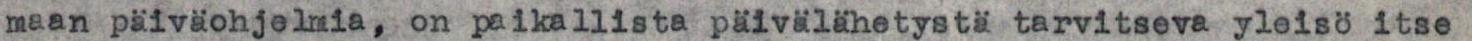
maan päiväohjelmia, on paikallista päivälähetystä tarvitseva yleisö itse